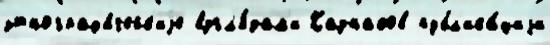
этнограф'и́ческ'иjе взгл'я́дам'и Казнаков публ'ика́циjи